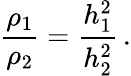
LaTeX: \frac{\rho_{1}}{\rho_{2}}=\frac{h_{1}^{2}}{h_{2}^{2}}\, .